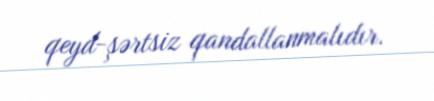
qeyd-şərtsiz qandallanmalıdır.